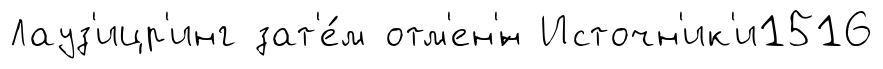
Лауз'ицр'инг зат'е́м отм'ен'́н Источн'ик'и1516